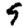
Digit: 9